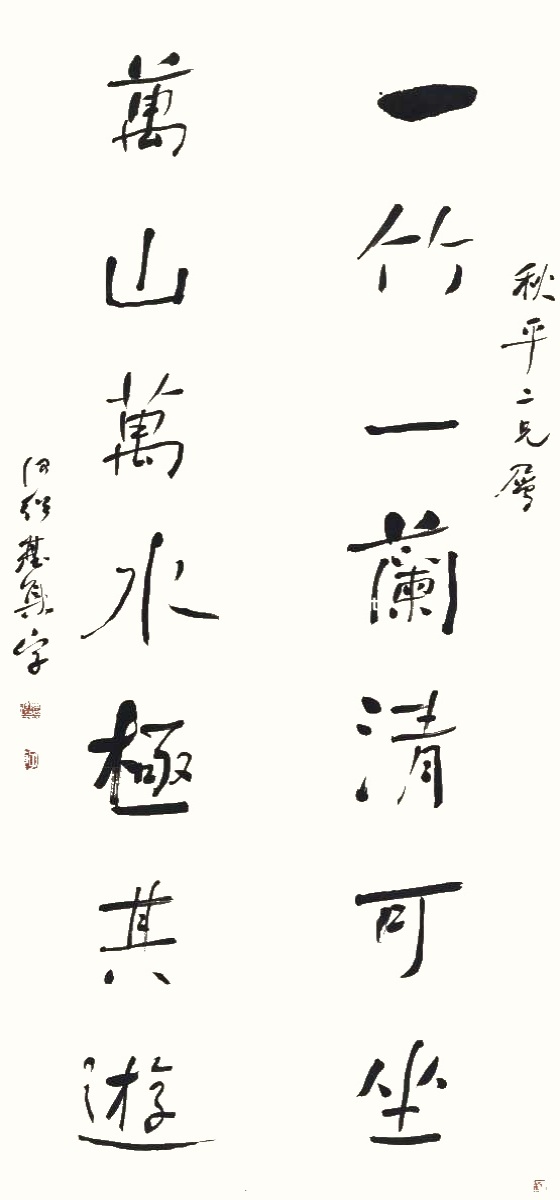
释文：一竹一兰清可坐，万山万水极其游。秋平二兄属，何绍基集字。